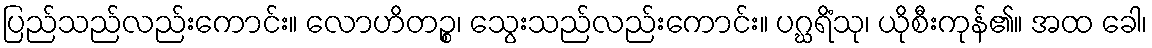
ပြည်သည်လည်းကောင်း။ လောဟိတဉ္စ၊ သွေးသည်လည်းကောင်း။ ပဂ္ဃရိံသု၊ ယိုစီးကုန်၏။ အထ ခေါ၊